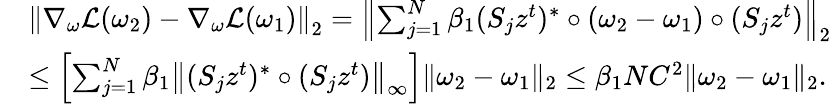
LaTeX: \begin{array}{rl}&{\left\| \nabla_{\omega}\mathcal{L}(\omega_{2})-\nabla_{\omega}\mathcal{L}(\omega_{1})\right\| _{2}=\left\| \sum_{j=1}^{N}\beta_{1}(S_{j}z^{t})^{*}\circ(\omega_{2}-\omega_{1})\circ(S_{j}z^{t})\right\| _{2}}\\ &{\leq\left[\sum_{j=1}^{N}\beta_{1}\left\| (S_{j}z^{t})^{*}\circ(S_{j}z^{t})\right\| _{\infty}\right]\| \omega_{2}-\omega_{1}\| _{2}\leq\beta_{1}NC^{2}\| \omega_{2}-\omega_{1}\| _{2}.}\end{array}